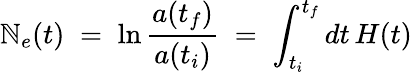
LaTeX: \mathbb{N}_{e}(t)\; =\; \ln{\frac{{a(t_{f})}}{{a(t_{i})}}}\; =\; \int_{t_{i}}^{t_{f}}dt\, H(t)